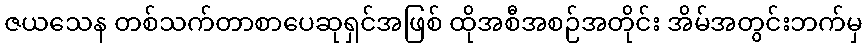
ဇယသေန တစ်သက်တာစာပေဆုရှင်အဖြစ် ထိုအစီအစဉ်အတိုင်း အိမ်အတွင်းဘက်မှ